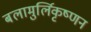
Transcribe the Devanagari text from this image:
बलामुर्लिकृष्णन